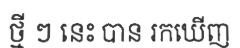
ថ្មី ៗ នេះ បាន រកឃើញ